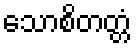
သောစိတတ္တံ